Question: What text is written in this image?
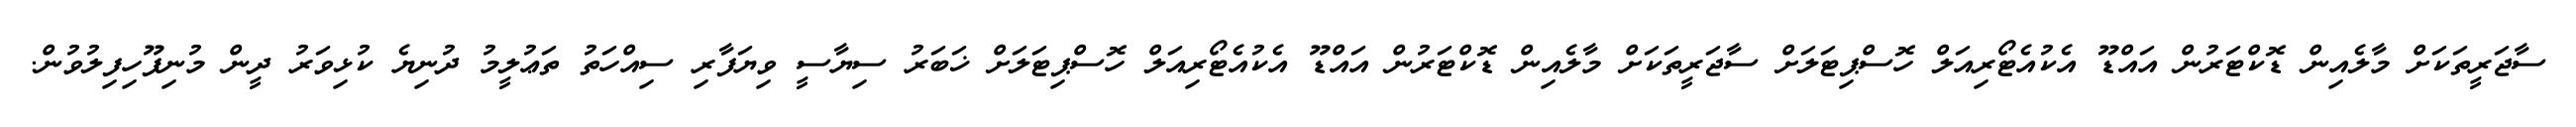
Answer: ސާޖަރީތަކަށް މާލެއިން ޑޮކްޓަރުން އައްޑޫ އެކުއެޓޯރިއަލް ހޮސްޕިޓަލަށް ސާޖަރީތަކަށް މާލެއިން ޑޮކްޓަރުން އައްޑޫ އެކުއެޓޯރިއަލް ހޮސްޕިޓަލަށް ޚަބަރު ސިޔާސީ ވިޔަފާރި ސިއްހަތު ތަޢުލީމު ދުނިޔެ ކުޅިވަރު ދީން މުނިފޫހިފިލުވުން.